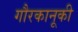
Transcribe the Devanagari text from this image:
गौरकानूकी